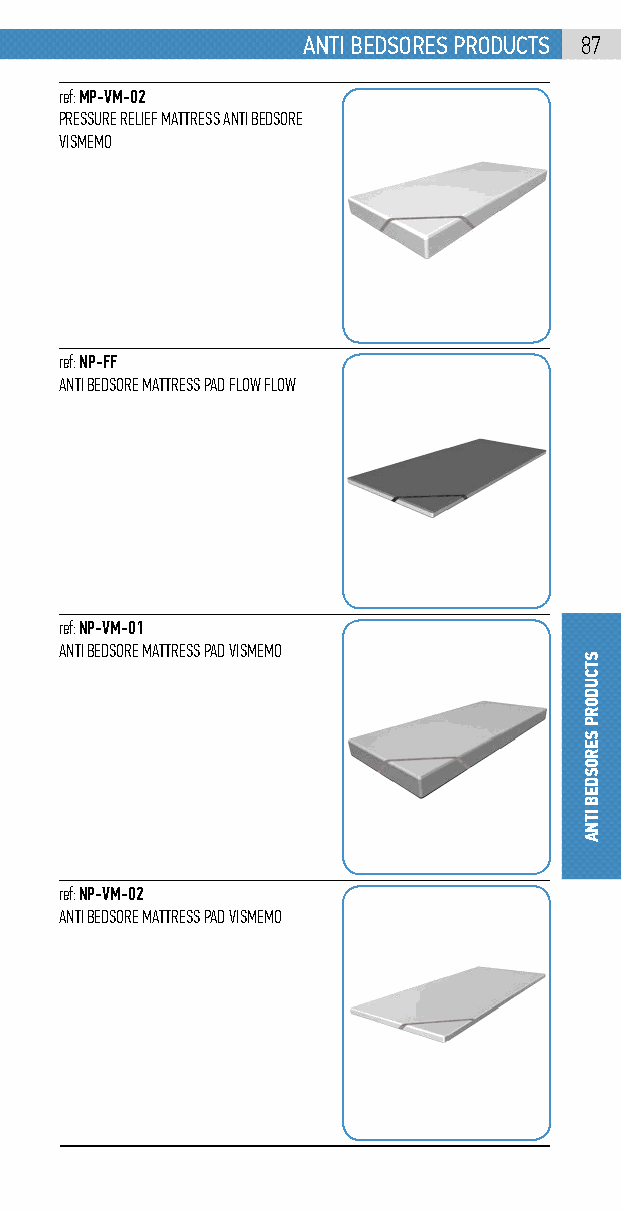
anti bEdsorEs products 87
 ref: MP-VM-02
 PRESSURE RELIEF MATTRESS ANTI BEDSORE
 VISMEMO
 ref: NP-FF
 ANTI BEDSORE MATTRESS PAD FLOW FLOW
 ref: NP-VM-01
 ANTI BEDSORE MATTRESS PAD VISMEMO
 ref: NP-VM-02
 ANTI BEDSORE MATTRESS PAD VISMEMO
 STCUDORP
 SEROSDEB
 ITNA